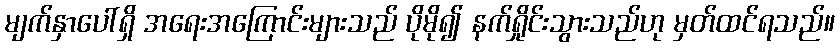
မျက်နှာပေါ်ရှိ အရေးအကြောင်းများသည် ပိုမို၍ နက်ရှိုင်းသွားသည်ဟု မှတ်ထင်ရသည်။